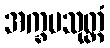
အက္ခမသုတ္တံ